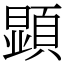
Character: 顕